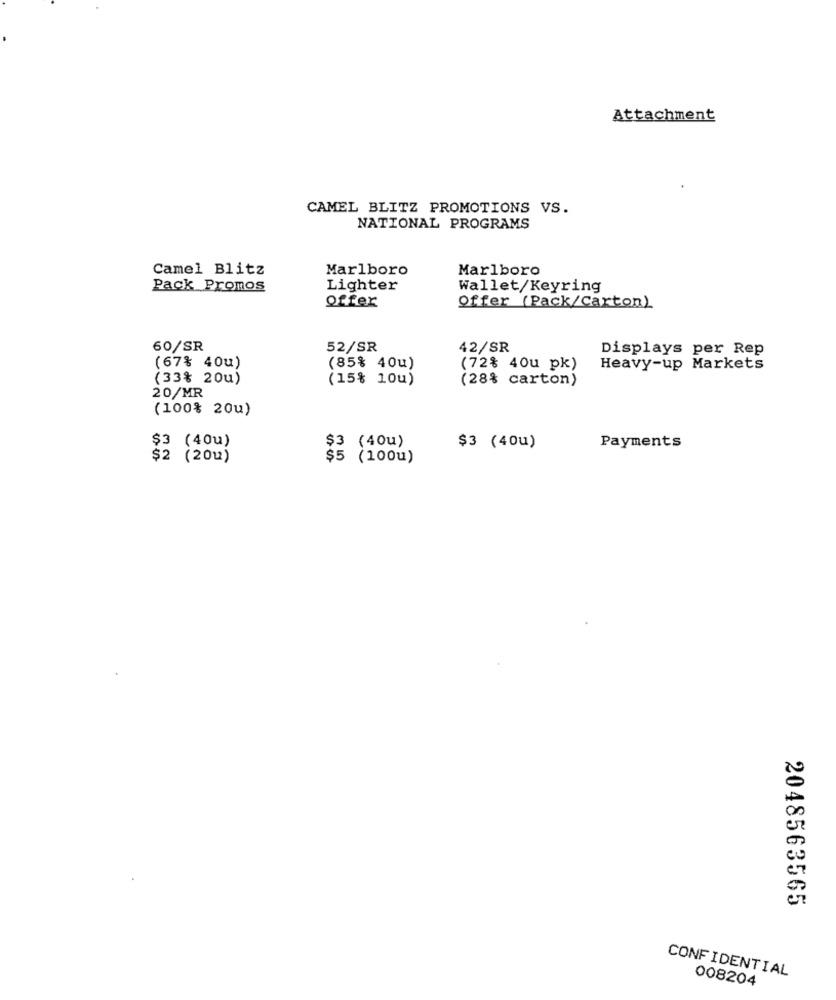
Attachment
CAMEL BLITZ PROMOTIONS VS.
NATIONAL PROGRAMS
Camel Blitz
Marlboro
Marlboro
Pack Promos
Lighter
Wallet/Keyring
Offer
Offer (Pack/Carton)
60/SR
52/SR
42/SR
Displays per Rep
(67% 40u)
(85% 40u)
(72% 40u pk)
Heavy-up Markets
(33% 20u)
(15% 10u)
(28% carton)
20/MR
(100% 20u)
$3 (40u)
Payments
$3 (40u)
$3 (40u)
$2 (201)
$5 (100u)
2048563565
CONFIDENTIAL
008204